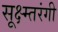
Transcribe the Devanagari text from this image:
सूक्ष्म्तरंगी